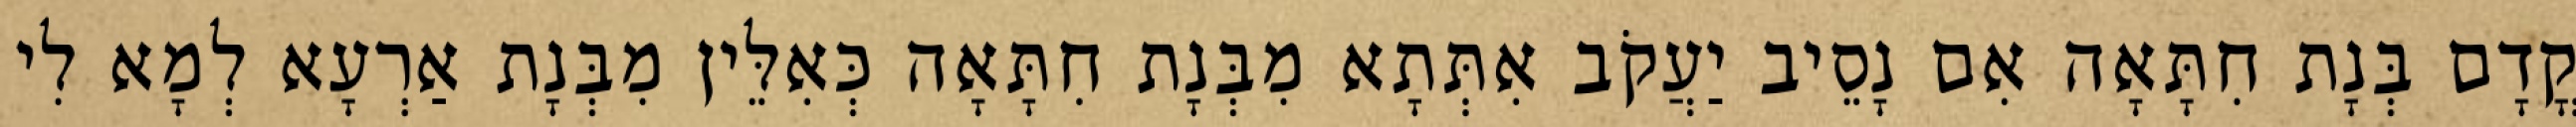
קֳדָם בְּנָת חִתָּאָה אִם נָסֵיב יַעֲקֹב אִתְּתָא מִבְּנָת חִתָּאָה כְּאִלֵּין מִבְּנָת אַרְעָא לְמָא לִי